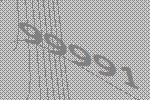
99991